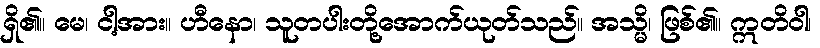
ရှိ၏။ မေ၊ ငါ့အား။ ဟီနော၊ သူတပါးတို့အောက်ယုတ်သည်။ အသ္မိ၊ ဖြစ်၏။ ဣတိဝါ၊